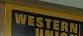
western